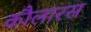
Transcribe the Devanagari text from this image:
कौलारस